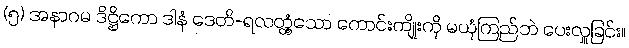
(၅) အနာဂမ ဒိဋ္ဌိကော ဒါနံ ဒေတိ-ရလတ္တံ့သော ကောင်းကျိုးကို မယုံကြည်ဘဲ ပေးလှူခြင်း။